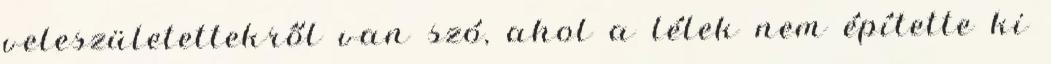
veleszületettekről van szó, ahol a lélek nem építette ki